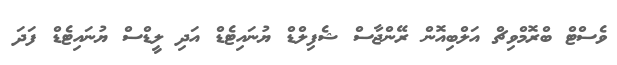
ވެސްޓް ބްރޮމްވިޗް އަލްބިއޮން ރޭންޖާސް ޝެފިލްޑް ޔުނައިޓެޑް އަދި ލީޑްސް ޔުނައިޓެޑް ފަދަ